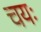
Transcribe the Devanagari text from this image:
चयः